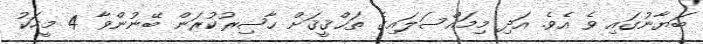
ބަޔާނުގައި ވެ އެވެ. އަދި މިމައްސަލައިގެ ތަޙްޤީޤަށް ޙާޟިރުކުރަން ބޭނުންވާ 4 މީހަކު